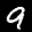
Label: 9